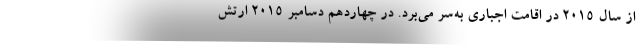
از سال 2015 در اقامت اجباری به‌سر می‌برد. در چهاردهم دسامبر 2015 ارتش